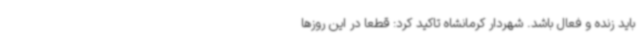
باید زنده و فعال باشد. شهردار کرمانشاه تاکید کرد: قطعا در این روزها